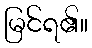
မြင်ရ၏။